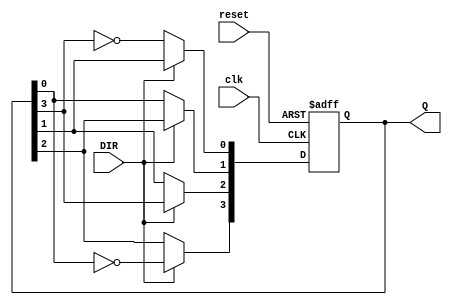
module Bidirectional_Johnson_Counter (
    input wire clk,         // Clock signal
    input wire reset,       // Reset signal
    input wire DIR,         // Direction control (1 for up/right, 0 for down/left)
    output reg [3:0] Q      // 4-bit output (adjust size for n flip-flops)
);

    // Sequential logic for the Johnson counter
    always @(posedge clk or posedge reset) begin
        if (reset) begin
            Q <= 4'b0000;  // Reset all flip-flops to 0
        end else begin
            if (DIR) begin
                // Counting Up (Right Shift)
                Q[3] <= ~Q[0]; // Feedback from last bit (inverted)
                Q[2] <= Q[3];
                Q[1] <= Q[2];
                Q[0] <= Q[1];
            end else begin
                // Counting Down (Left Shift)
                Q[0] <= ~Q[3]; // Feedback from first bit (inverted)
                Q[1] <= Q[0];
                Q[2] <= Q[1];
                Q[3] <= Q[2];
            end
        end
    end
endmodule